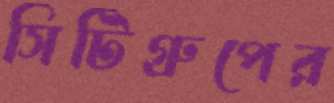
সিটিগ্রুপের